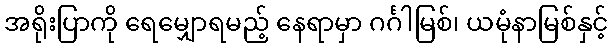
အရိုးပြာကို ရေမျှောရမည့် နေရာမှာ ဂင်္ဂါမြစ်၊ ယမုံနာမြစ်နှင့်